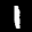
Label: 1